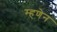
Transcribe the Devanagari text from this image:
म्हणेन